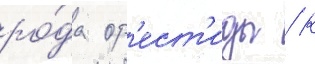
ро́да ор'ест'иды / к